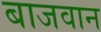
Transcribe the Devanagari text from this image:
बाजवान